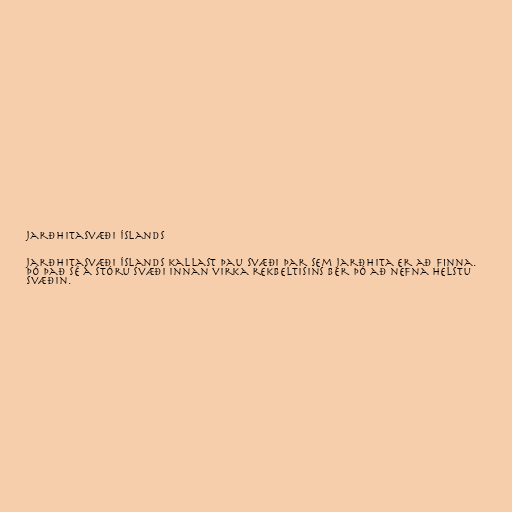
Jarðhitasvæði Íslands

Jarðhitasvæði Íslands kallast þau svæði þar sem jarðhita er að finna.
Þó það sé á stóru svæði innan virka rekbeltisins ber þó að nefna helstu
svæðin.